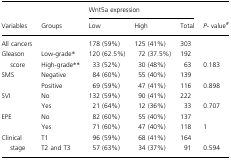
|  |  | <COLSPAN=3> Wnt5a expression |  |
 | Variables | Groups | Low | High | Total | P- value# |
 | --- | --- | --- | --- | --- | --- |
 | All cancers |  | 178 (59%) | 125 (41%) | 303 |  |
 | <ROWSPAN=2> Gleason score | Low- grade* | 120 (62.5%) | 72 (37.5%) | 192 |  |
 | High- grade** | 33 (52%) | 30 (48%) | 63 | 0.183 |
 | <ROWSPAN=2> SMS | Negative | 84 (60%) | 55 (40%) | 139 |  |
 | Positive | 69 (59%) | 47 (41%) | 116 | 0.898 |
 | <ROWSPAN=2> SVI | No | 132 (59%) | 90 (41%) | 222 |  |
 | Yes | 21 (64%) | 12 (36%) | 33 | 0.707 |
 | <ROWSPAN=2> EPE | No | 82 (60%) | 55 (40%) | 137 |  |
 | Yes | 71 (60%) | 47 (40%) | 118 | 1 |
 | <ROWSPAN=2> Clinical stage | T1 | 96 (59%) | 68 (41%) | 164 |  |
 | T2 and T3 | 57 (63%) | 34 (37%) | 91 | 0.594 |